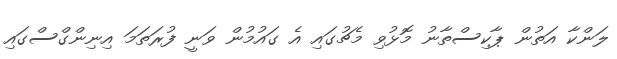
ލަންކާ އަތުން ޕާކިސްތާނު މޮޅުވި މެޗުގައި އެ ގައުމުން ވަނީ ފުރަތަމަ އިނިންގްސްގައި